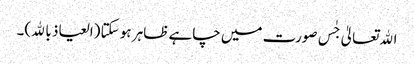
اﷲتعالیٰ جٰس صورت میں چاہے ظاہر ہو سکتا (العیاذ باﷲ)۔